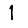
Digit: 1